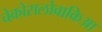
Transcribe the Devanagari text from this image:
चेकोसलोवाकिआ